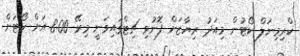
ކްރިމިނަލް ކޯޓުން މިއަދު ރިޔާޒަށް ފޮނުވި ޗިޓްގައިވަނީ މިރޭ 8:00 އަށް ކޯޓަށް